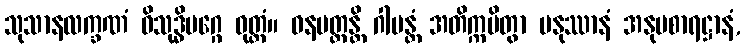
သုသာနလက္ခဏံ ဝိသုဒ္ဓိမဂ္ဂေ ဝုတ္တံ။ ဝနပတ္ထန္တိ ဂါမန္တံ အတိက္ကမိတွာ မနုဿာနံ အနုပစာရဋ္ဌာနံ,